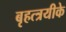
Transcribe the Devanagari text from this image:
बृहत्त्रयीके